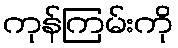
ကုန်ကြမ်းကို